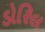
ડોરિલ